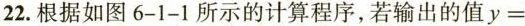
22.根据如图6-1-1所示的计算程序，若输出的值y=